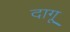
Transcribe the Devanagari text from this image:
दागू